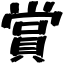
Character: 賞